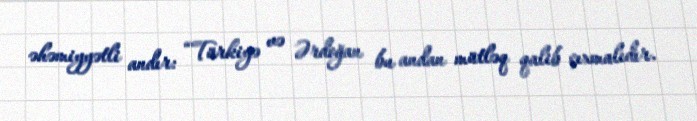
əhəmiyyətli andır: “Türkiyə və Ərdoğan bu andan mütləq qalib çıxmalıdır.